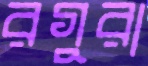
রগুরা